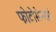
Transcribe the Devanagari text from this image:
फोटोसेन्सर्स